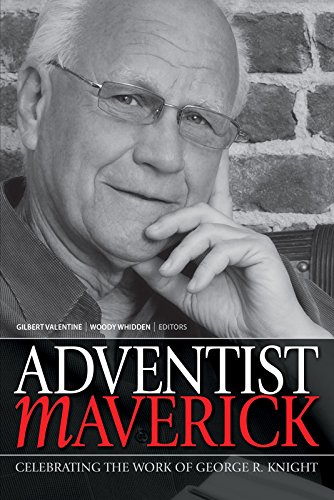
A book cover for Adventist Maverick; Various Authors; Christian Books & Bibles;